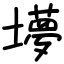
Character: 㙹